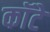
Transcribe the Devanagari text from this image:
कॉटे